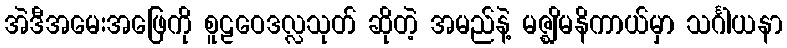
အဲဒီအမေးအဖြေကို စူဠဝေဒလ္လသုတ် ဆိုတဲ့ အမည်နဲ့ မဇ္ဈိမနိကာယ်မှာ သင်္ဂါယနာ